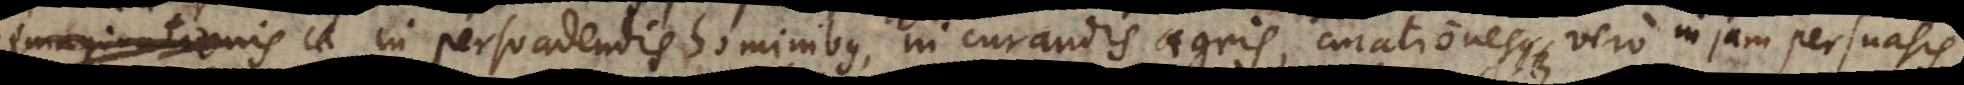
imaginationis c in persuadendis hominibus, in curandis aegris, curationesque un a s persuasionis